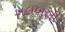
ખલબલી